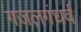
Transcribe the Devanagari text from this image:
गजलगंधर्व